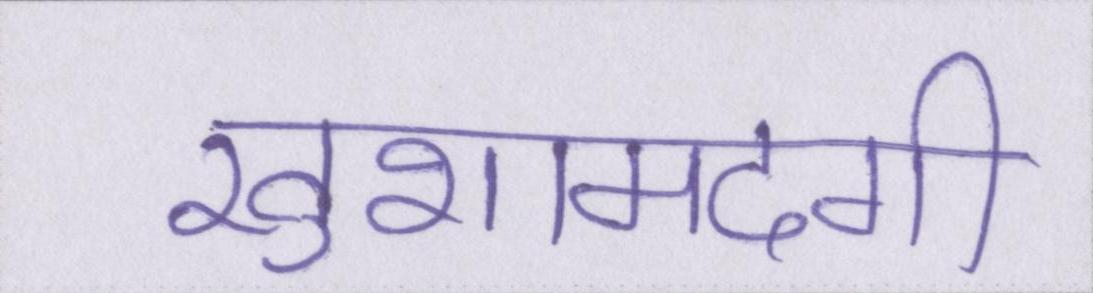
खुशामदगी